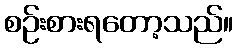
စဉ်းစားရတော့သည်။